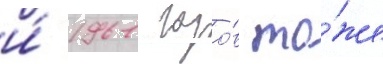
и́ 1961 годо́в то́же